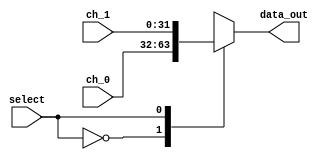
`timescale 1ns / 1ps

module Mux_2x1 #(parameter W=32)
(
//Input Signals
input wire select,
input wire [W-1:0] ch_0,
input wire [W-1:0] ch_1,
//Output Signals
output reg [W-1:0] data_out
);
    always @*
        begin
            case(select)
                1'b0: data_out = ch_0;
                1'b1: data_out = ch_1;
                default : data_out = ch_0;
            endcase
        end
endmodule